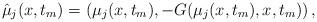
LaTeX: \begin{align*} \hat{\mu}_{j}(x,t_{m})=\left(\mu_{j}(x,t_{m}),-G(\mu_{j}(x,t_{m}),x,t_{m})\right),\end{align*}